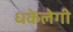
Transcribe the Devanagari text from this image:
धकेलेगी